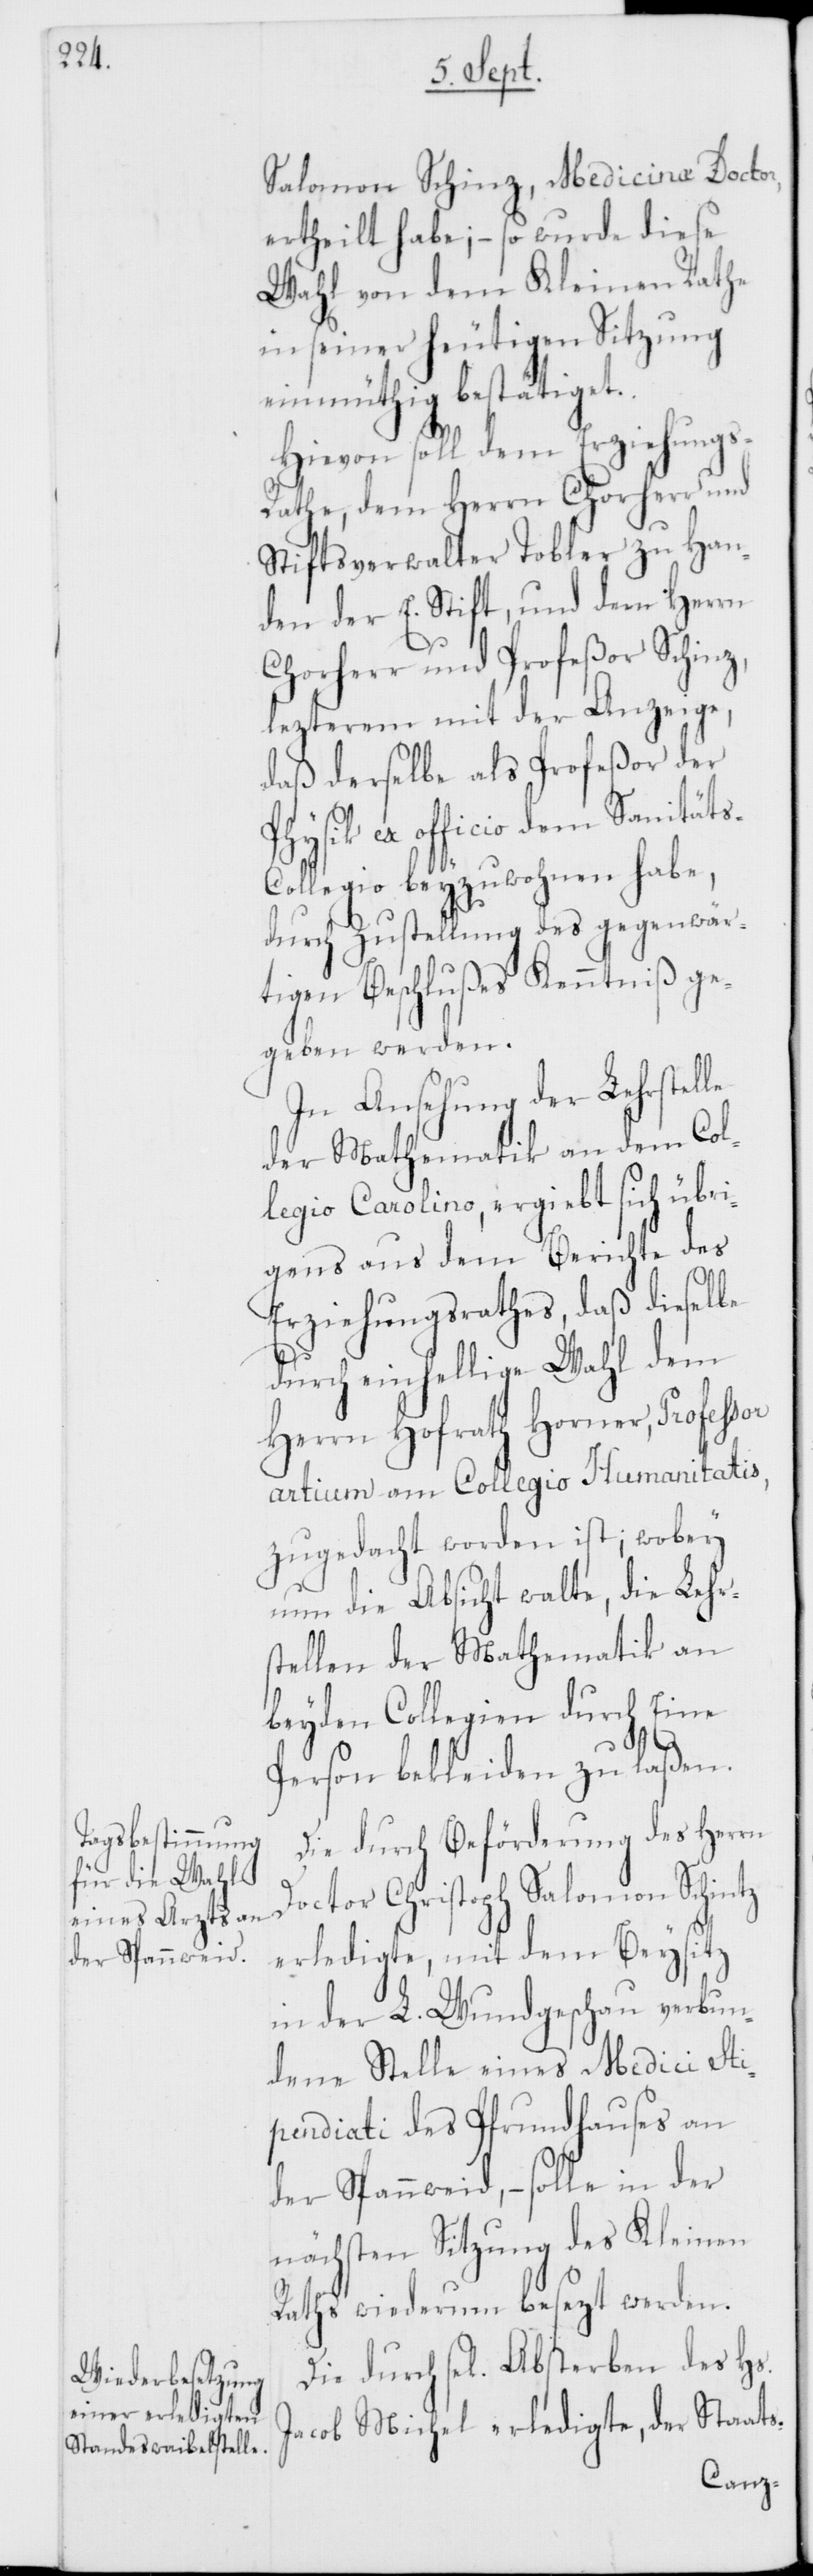
s-Col¬
Salomon Schinz, Medicinæ Doctor,
ertheilt habe; – so wurde diese
Wahl von dem Kleinen Rathe
in seiner heutigen Sitzung
einmüthig bestätiget.
Hievon soll dem Erziehungs-R¬
athe, dem Herrn Chorherr und
Stiftsverwalter Tobler zu Han¬
den der E. Stift, und dem Herrn
Chorherr und Profeßor Schinz,
lezterem mit der Anzeige,
daß derselbe als Profeßor der
Physik ex officio dem Sanität¬
legio beyzuwohnen habe,
durch Zustellung des gegenwär¬
tigen Beschlußes Kenntniß ge¬
geben werden.
In Ansehung der Lehrstelle
der Mathematik an dem Col¬
legio Carolino, ergiebt sich übri¬
gens aus dem Berichte des
Erziehungsrathes, daß dieselbe
durch einhellige Wahl dem
Herrn Hofrath Horner, Professor
artium am Collegio Humanitatis,
zugedacht worden ist; wobey
nun die Absicht walte, die Lehr¬
stellen der Mathematik an
beyden Collegien durch Eine
Person bekleiden zu laßen.
Die durch Beförderung des Herrn
Doctor Christoph Salomon Schinz
erledigte, mit dem Beysitz
in der L. Wundgschau verbun¬
dene Stelle eines Medici Sti¬
pendiati des Pfrundhauses an
der Spannweid, – solle in der
nächsten Sitzung des Kleinen
Raths wiederum besezt werden.
Die durch sel. Absterben des Hs.
Jacob Michel erledigte, der Staats-